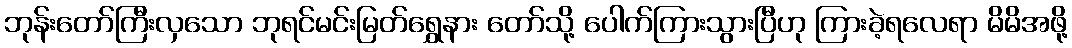
ဘုန်းတော်ကြီးလှသော ဘုရင်မင်းမြတ်ရွှေနား တော်သို့ ပေါက်ကြားသွားပြီဟု ကြားခဲ့ရလေရာ မိမိအဖို့